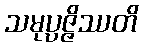
သမုပ္ပဇ္ဇိဿတိ